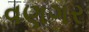
વણગર